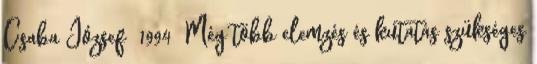
Csaba József 1994 Még több elemzés és kutatás szükséges